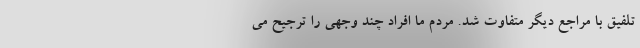
تلفیق با مراجع دیگر متفاوت شد. مردم ما افراد چند وجهی را ترجیح می